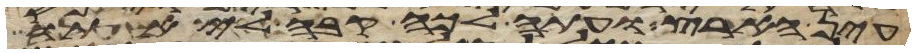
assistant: עין הארץ ועתה לכה קבה לי אתו